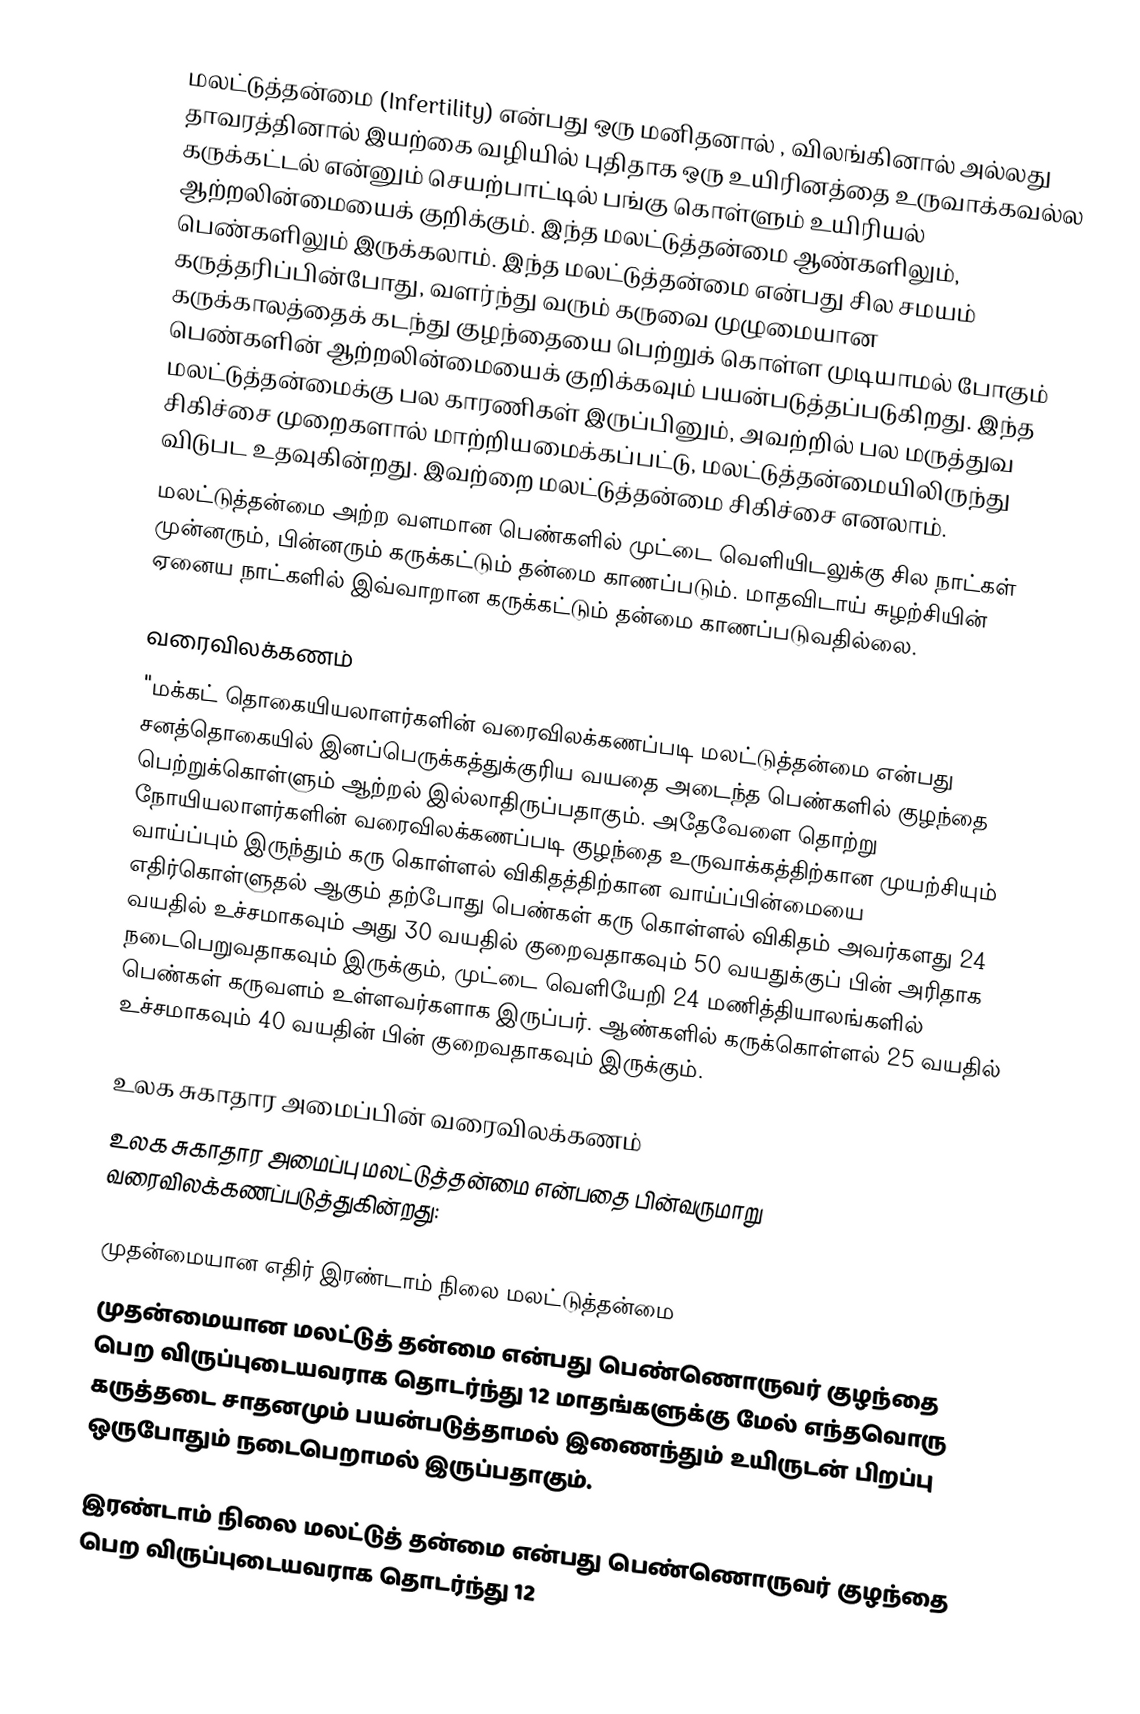
மலட்டுத்தன்மை (Infertility) என்பது ஒரு மனிதனால் , விலங்கினால் அல்லது தாவரத்தினால் இயற்கை வழியில் புதிதாக ஒரு உயிரினத்தை உருவாக்கவல்ல கருக்கட்டல் என்னும் செயற்பாட்டில் பங்கு கொள்ளும் உயிரியல் ஆற்றலின்மையைக் குறிக்கும். இந்த மலட்டுத்தன்மை ஆண்களிலும், பெண்களிலும் இருக்கலாம். இந்த மலட்டுத்தன்மை என்பது சில சமயம் கருத்தரிப்பின்போது, வளர்ந்து வரும் கருவை முழுமையான கருக்காலத்தைக் கடந்து குழந்தையை பெற்றுக் கொள்ள முடியாமல் போகும் பெண்களின் ஆற்றலின்மையைக் குறிக்கவும் பயன்படுத்தப்படுகிறது. இந்த மலட்டுத்தன்மைக்கு பல காரணிகள் இருப்பினும், அவற்றில் பல மருத்துவ சிகிச்சை முறைகளால் மாற்றியமைக்கப்பட்டு, மலட்டுத்தன்மையிலிருந்து விடுபட உதவுகின்றது. இவற்றை மலட்டுத்தன்மை சிகிச்சை எனலாம்.
மலட்டுத்தன்மை அற்ற வளமான பெண்களில் முட்டை வெளியிடலுக்கு சில நாட்கள் முன்னரும், பின்னரும் கருக்கட்டும் தன்மை காணப்படும். மாதவிடாய் சுழற்சியின் ஏனைய நாட்களில் இவ்வாறான கருக்கட்டும் தன்மை காணப்படுவதில்லை.

வரைவிலக்கணம்
"மக்கட் தொகையியலாளர்களின் வரைவிலக்கணப்படி மலட்டுத்தன்மை என்பது சனத்தொகையில் இனப்பெருக்கத்துக்குரிய வயதை அடைந்த பெண்களில் குழந்தை பெற்றுக்கொள்ளும் ஆற்றல் இல்லாதிருப்பதாகும். அதேவேளை தொற்று நோயியலாளர்களின் வரைவிலக்கணப்படி குழந்தை உருவாக்கத்திற்கான முயற்சியும் வாய்ப்பும் இருந்தும் கரு கொள்ளல் விகிதத்திற்கான வாய்ப்பின்மையை எதிர்கொள்ளுதல் ஆகும்  தற்போது பெண்கள் கரு கொள்ளல் விகிதம் அவர்களது 24 வயதில் உச்சமாகவும் அது 30 வயதில் குறைவதாகவும் 50 வயதுக்குப் பின் அரிதாக நடைபெறுவதாகவும் இருக்கும், முட்டை வெளியேறி 24 மணித்தியாலங்களில் பெண்கள் கருவளம் உள்ளவர்களாக இருப்பர்.  ஆண்களில் கருக்கொள்ளல் 25 வயதில் உச்சமாகவும் 40 வயதின் பின் குறைவதாகவும் இருக்கும்.

உலக சுகாதார அமைப்பின் வரைவிலக்கணம்
உலக சுகாதார அமைப்பு மலட்டுத்தன்மை என்பதை பின்வருமாறு வரைவிலக்கணப்படுத்துகின்றது:

முதன்மையான எதிர் இரண்டாம் நிலை மலட்டுத்தன்மை
முதன்மையான மலட்டுத் தன்மை என்பது பெண்ணொருவர் குழந்தை பெற விருப்புடையவராக தொடர்ந்து 12 மாதங்களுக்கு மேல் எந்தவொரு கருத்தடை சாதனமும் பயன்படுத்தாமல் இணைந்தும் உயிருடன் பிறப்பு ஒருபோதும் நடைபெறாமல் இருப்பதாகும்.

இரண்டாம் நிலை மலட்டுத் தன்மை என்பது பெண்ணொருவர் குழந்தை பெற விருப்புடையவராக தொடர்ந்து 12